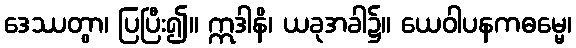
ဒေဿတွာ၊ ပြပြီး၍။ ဣဒါနိ၊ ယခုအခါ၌။ ယေဝါပနကဓမ္မေ၊